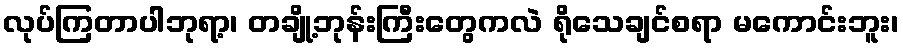
လုပ်ကြတာပါဘုရာ့၊ တချို့ဘုန်းကြီးတွေကလဲ ရိုသေချင်စရာ မကောင်းဘူး၊